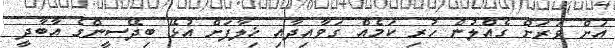
އަށް ވަރަށް ގެއްލުން ހުރި ކަމެއް ގަވާއިދާއި ޚިލާފަށް އުޅޭ ބިދޭސީންގެ އާބާދީ